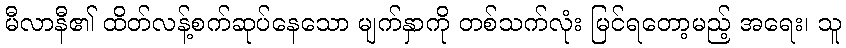
မီလာနီ၏ ထိတ်လန့်စက်ဆုပ်နေသော မျက်နှာကို တစ်သက်လုံး မြင်ရတော့မည့် အရေး၊ သူ